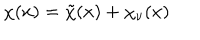
\chi ( x ) = \tilde { \chi } ( x ) + \chi _ { \nu } ( x )